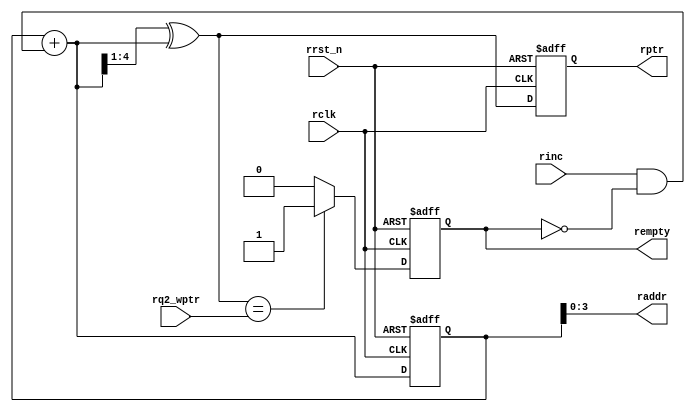
module rptr_empty #(parameter ADDRSIZEL = 4)
(
input rrst_n,rclk,rinc,
input [ADDRSIZEL : 0] rq2_wptr,
output [ADDRSIZEL-1 : 0] raddr,
output [ADDRSIZEL : 0] rptr,
output rempty
);

reg [ADDRSIZEL : 0] rbin,rptr;
reg rempty;
wire [ADDRSIZEL : 0] rbnext,rgnext;
wire rempty_val;

always@(posedge rclk or negedge rrst_n)
if(!rrst_n)
  {rptr,rbin} <= 0;
else
  {rptr,rbin} <= {rgnext,rbnext};

assign raddr = rbin[ADDRSIZEL-1 : 0];

assign rbnext = rbin + (rinc & ~rempty);
  
assign rgnext = rbnext>>1 ^ rbnext;

//assign rempty = (rq2_wptr == rptr) ? 1 : 0;   remptyΪʲôд߼
assign rempty_val = (rgnext == rq2_wptr) ? 1 : 0;
always@(posedge rclk or negedge rrst_n)
  if(!rrst_n) 
    rempty <= 1;
  else
    rempty <= rempty_val;
endmodule